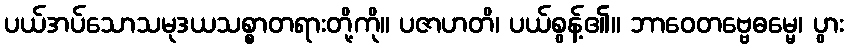
ပယ်အပ်သောသမုဒယသစ္စာတရားတို့ကို။ ပဇာဟတိ၊ ပယ်စွန့်၏။ ဘာဝေတဗ္ဗေဓမ္မေ၊ ပွား